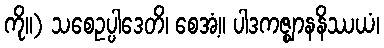
ကို။) သစေဥပ္ပါဒေတိ၊ စေအံ့။ ပါဒကဇ္ဈာနနိဿယံ၊